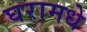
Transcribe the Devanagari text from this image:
घरामधे